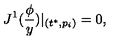
J ^ { 1 } ( \frac \phi y ) | _ { ( t ^ { * } , p _ { i } ) } = 0 ,